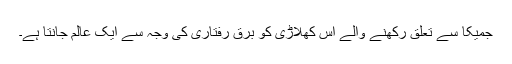
جمیکا سے تعلق رکھنے والے اس کھلاڑی کو برق رفتاری کی وجہ سے ایک عالم جانتا ہے۔